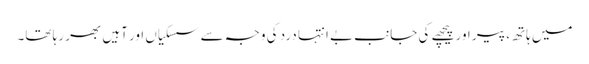
میں ہاتھ، پیر اور پیچھے کی جانب بے انتہا درد کی وجہ سے سسکیاں اور آہیں بھر رہا تھا۔